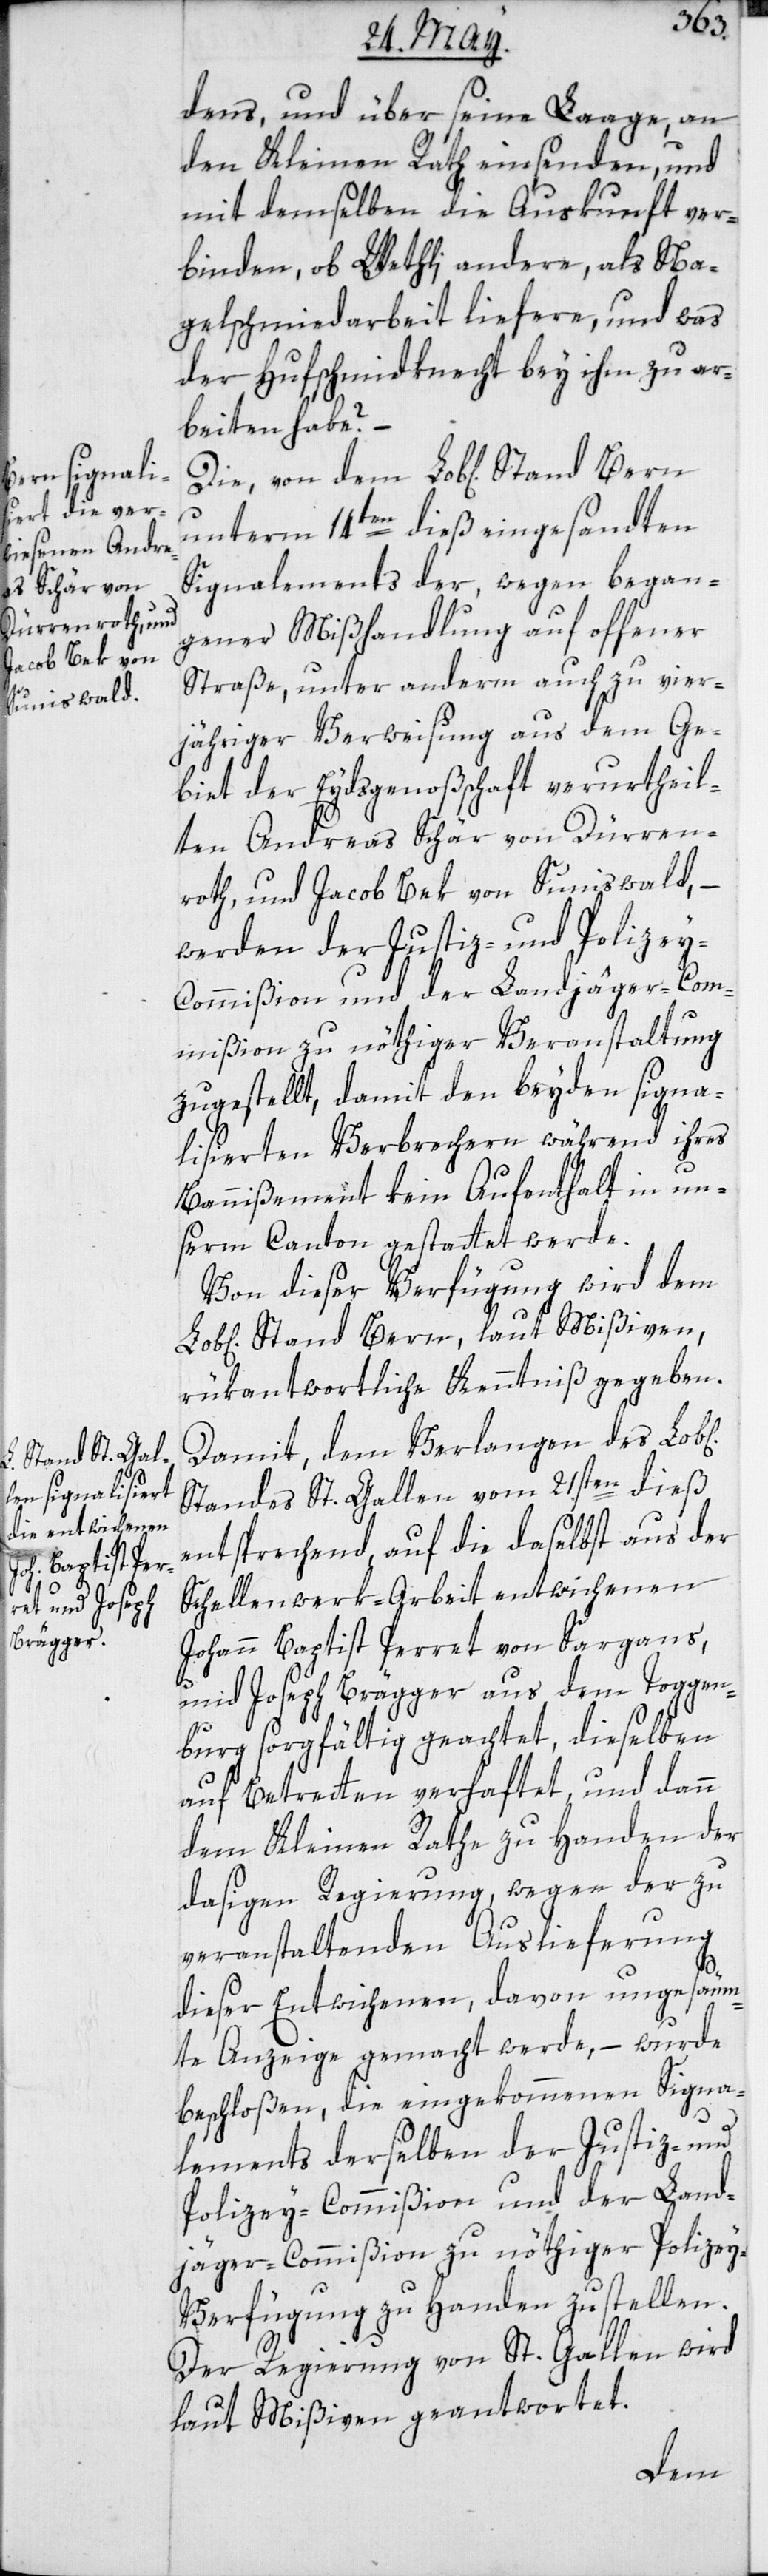
dens, und über seine Laage an
den Kleinen Rath einsenden, und
mit demselben die Auskonft ver¬
binden, ob Wethli andere, als Na¬
gelschmiedarbeit liefere, und was
der Hufschmidknecht bey ihm zu ar¬
beiten habe?
unterm 14ten dieß eingesandten
Signalements der, wegen began¬
gener Mißhandlung auf offener
Straße, unter anderm auch zu vier¬
jähriger Verweisung aus dem Ge¬
biet der Eydsgenoßschaft verurtheil¬
ten Andreas Schär von Dürren¬
roth, und Jacob Bek von Suniswald, –
werden der Justiz- und Polizey-C¬
ommißion und der Landjäger-Com¬
mißion zu nöthiger Veranstaltung
zugestellt, damit den beyden signa¬
lisierten Verbrechern während ihres
Bannißement kein Aufenthalt in un¬
serm Canton gestattet werde.
Von dieser Verfügung wird dem
Stand Bern, laut Mißiven,
rükantwortliche Kenntniß gegeben.
Damit, dem Verlangen des Lob[l¬
Standes St. Gallen vom 21sten dieß
entsprechend, auf die daselbst aus der
Schellenwerk-Arbeit entwichenen
Johann Baptist Perret von Sargans,
und Joseph Brägger aus dem Toggen¬
burg sorgfältig geachtet, dieselben
auf Betretten verhaftet und dann
dem Kleinen Rathe zu Handen der
dasigen Regierung, wegen der zu
veranstaltenden Auslieferung
dieser Entwichenen, davon ungesäum¬
te Anzeige gemacht werde, – wurde
beschloßen, die eingekommenen Signa¬
lements derselben der Justiz- und
Polizey-Commißion und der Land¬
jägercommißion zu nöthiger Polize¬
y-Verfügung zu Handen zustellen.
Der Regierung von St. Gallen wird
laut Mißiven geantwortet.
ichen]